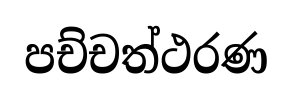
පච්චත්ථරණ